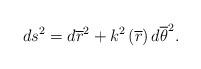
LaTeX: \begin{align*}ds^{2}=d\overline{r}^{2}+k^{2}\left( \overline{r}\right) d\overline{\theta }^{2}. \end{align*}